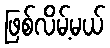
ဖြစ်လိမ့်မယ်